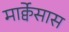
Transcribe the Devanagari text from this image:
मार्क्वेसास